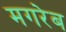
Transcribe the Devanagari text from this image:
मगरेब